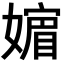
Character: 𡡮